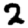
Digit: 2